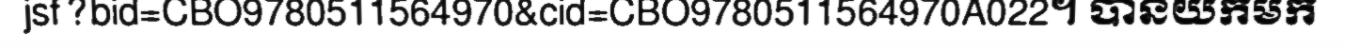
jsf?bid=CBO9780511564970&cid=CBO9780511564970A022។ បានយកមក